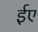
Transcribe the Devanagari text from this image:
ईए